Rangoon Lunatic Asylum 1898-1906 - 1898-1906
Year: 1898
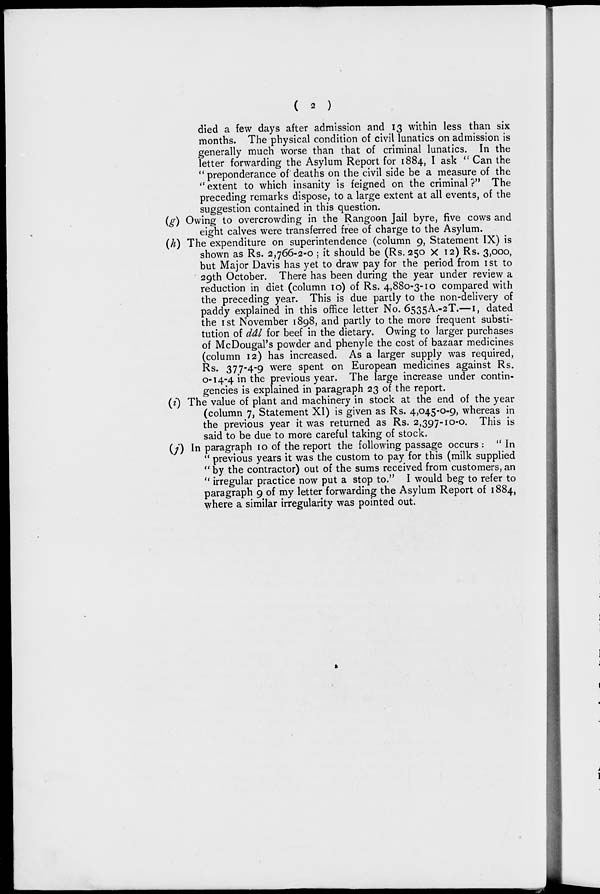
(
2
)
died a few days after admission and 13 within less than six
months. The physical condition of civil lunatics on admission is
generally much worse than that of criminal lunatics. In the
letter forwarding the Asylum Report for 1884, I ask " Can the
" preponderance of deaths on the civil side be a measure of the
" extent to which insanity is feigned on the criminal ?" The
preceding remarks dispose, to a large extent at all events, of the
suggestion contained in this question.
(g) Owing to overcrowding in the Rangoon Jail byre, five cows and
eight calves were transferred free of charge to the Asylum.
(h) The expenditure on superintendence (column 9, Statement IX) is
shown as Rs. 2,766-2-0 ; it should be (Rs. 250 X 12) Rs. 3,000,
but Major Davis has yet to draw pay for the period from 1st to
29th October. There has been during the year under review a
reduction in diet (column 10) of Rs. 4,880-3-10 compared with
the preceding year. This is due partly to the non-delivery of
paddy explained in this office letter No. 6535A.-2T.—I, dated
the 1st November 1898, and partly to the more frequent substi-
tution of dâl for beef in the dietary. Owing to larger purchases
of McDougal's powder and phenyle the cost of bazaar medicines
(column 12) has increased. As a larger supply was required,
Rs. 377-4-9 were spent on European medicines against Rs.
0-14-4 in the previous year. The large increase under contin-
gencies is explained in paragraph 23 of the report.
(i) The value of plant and machinery in stock at the end of the year
(column 7, Statement XI) is given as Rs. 4,045-0-9, whereas in
the previous year it was returned as Rs. 2,397-10-0. This is
said to be due to more careful taking of stock.
(j) In paragraph 10 of the report the following passage occurs : " In
" previous years it was the custom to pay for this (milk supplied
" by the contractor) out of the sums received from customers, an
" irregular practice now put a stop to." I would beg to refer to
paragraph 9 of my letter forwarding the Asylum Report of 1884,
where a similar irregularity was pointed out.